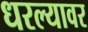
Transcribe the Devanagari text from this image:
धरल्यावर